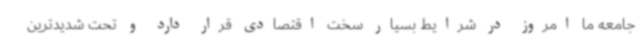
جامعه ما امروز در شرایط بسیار سخت اقتصادی قرار دارد و تحت شدیدترین